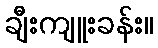
ချီးကျူးခန်း။